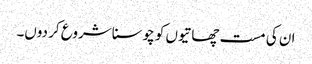
ان کی مست چھاتیوں کو چوسنا شروع کر دوں۔